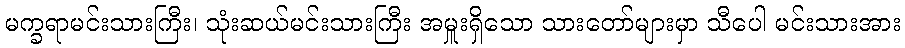
မက္ခရာမင်းသားကြီး၊ သုံးဆယ်မင်းသားကြီး အမှူးရှိသော သားတော်များမှာ သီပေါ မင်းသားအား